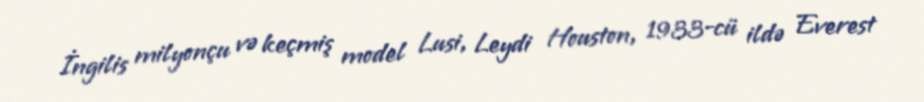
İngilis milyonçu və keçmiş model Lusi, Leydi Houston, 1933-cü ildə Everest